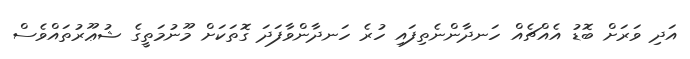
އަދި ވަރަށް ބޮޑު އެއްޗެއް ހަނދާންނެތިފައި ހުރެ ހަނދާންވާފަދަ ގޮތަކަށް މޫނުމަތީގެ ޝުޢޫރުތައްވެސް